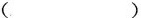
（）